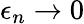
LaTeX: \epsilon_{n}\rightarrow 0